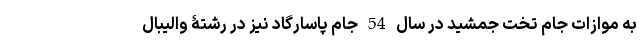
به موازات جام تخت جمشید در سال 54 جام پاسارگاد نیز در رشتۀ والیبال